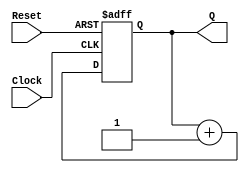
module counter (Clock, Reset, Q);
	input Clock, Reset;
	output reg [4:0] Q;
	
	always @ (posedge Clock, posedge Reset)
		if (Reset)
			Q <= 0;
		else
			Q <= Q + 1;
endmodule